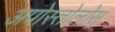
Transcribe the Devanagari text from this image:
अपोस्तोलोस्